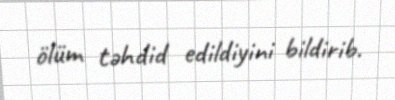
ölüm təhdid edildiyini bildirib.